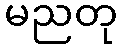
မညတု